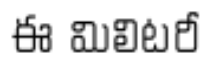
ఈ మిలిటరీ